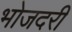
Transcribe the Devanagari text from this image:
भोजदरी